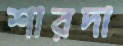
শারদা